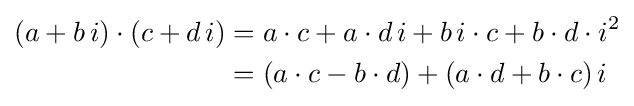
{\begin{aligned}(a+b\,i)\cdot (c+d\,i)&=a\cdot c+a\cdot d\,i+b\,i\cdot c+b\cdot d\cdot i^{2}\\&=(a\cdot c-b\cdot d)+(a\cdot d+b\cdot c)\,i\end{aligned}}